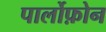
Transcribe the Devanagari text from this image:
पार्लोफ़ोन